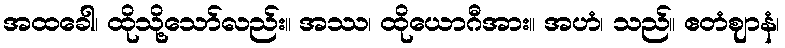
အထခေါ၊ ထိုသို့သော်လည်း။ အဿ၊ ထိုယောဂီအား။ အဟံ၊ သည်။ ဧတံဈာနံ၊